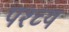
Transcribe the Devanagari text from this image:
पश्च्य